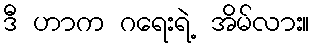
ဒီ ဟာက ဂရေးရဲ့ အိမ်လား။